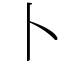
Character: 卜